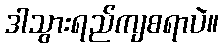
ဒါသွားရည်ကျစရာပဲ။